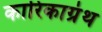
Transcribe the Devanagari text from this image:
कारिकाग्रंथ